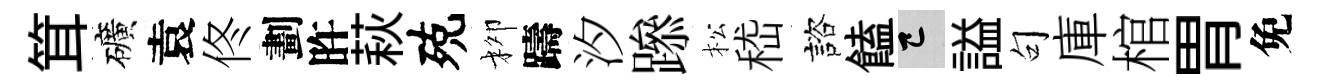
䇯礦袁佟劃旿萩殑柳躊汐𨅶松嵇諮饁巳謚句庫棺胃免